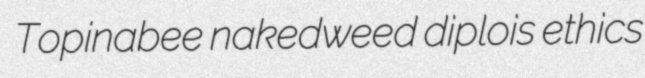
Topinabee nakedweed diplois ethics